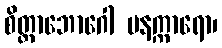
စိတ္တာဘောဂေါ မနက္ကာရော၊